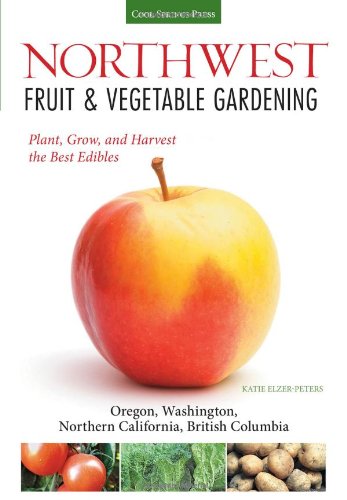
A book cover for Northwest Fruit & Vegetable Gardening: Plant, Grow, and Harvest the Best Edibles - Oregon, Washington, northern California, British Columbia (Fruit & Vegetable Gardening Guides); Katie Elzer-Peters; Crafts, Hobbies & Home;